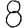
Digit: 8